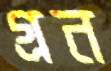
গ্রন